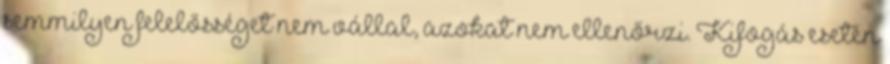
semmilyen felelősséget nem vállal, azokat nem ellenőrzi. Kifogás esetén